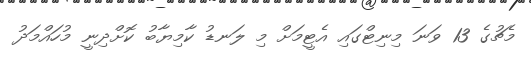
މެޗުގެ 13 ވަނަ މިނިޓްގައި އެޓީމަށް މި ލަނޑު ކާމިޔާބު ކޮށްދިނީ މުހައްމަދު